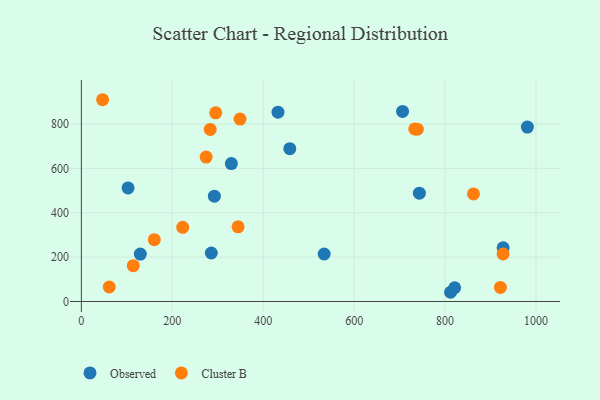
{"axis": {"x": "Engine Size", "y": "Demand"}, "legend": ["Cluster B", "Observed"], "data": [{"x": "927.7", "y": 241.9, "type": "Observed"}, {"x": "102.7", "y": 511.8, "type": "Observed"}, {"x": "981.0", "y": 786.4, "type": "Observed"}, {"x": "743.5", "y": 488.3, "type": "Observed"}, {"x": "285.8", "y": 218.7, "type": "Observed"}, {"x": "432.5", "y": 853.2, "type": "Observed"}, {"x": "534.1", "y": 214.2, "type": "Observed"}, {"x": "292.6", "y": 474.7, "type": "Observed"}, {"x": "812.0", "y": 41.6, "type": "Observed"}, {"x": "821.0", "y": 62.1, "type": "Observed"}, {"x": "458.5", "y": 688.8, "type": "Observed"}, {"x": "329.9", "y": 621.8, "type": "Observed"}, {"x": "706.5", "y": 856.9, "type": "Observed"}, {"x": "129.7", "y": 213.7, "type": "Observed"}, {"x": "114.2", "y": 161.3, "type": "Cluster B"}, {"x": "61.4", "y": 65.3, "type": "Cluster B"}, {"x": "223.0", "y": 334.2, "type": "Cluster B"}, {"x": "283.4", "y": 775.7, "type": "Cluster B"}, {"x": "921.7", "y": 63.3, "type": "Cluster B"}, {"x": "738.9", "y": 776.7, "type": "Cluster B"}, {"x": "927.6", "y": 214.3, "type": "Cluster B"}, {"x": "733.3", "y": 778.0, "type": "Cluster B"}, {"x": "274.5", "y": 650.9, "type": "Cluster B"}, {"x": "160.5", "y": 278.6, "type": "Cluster B"}, {"x": "349.0", "y": 822.4, "type": "Cluster B"}, {"x": "295.5", "y": 850.6, "type": "Cluster B"}, {"x": "344.7", "y": 336.4, "type": "Cluster B"}, {"x": "862.5", "y": 484.9, "type": "Cluster B"}, {"x": "46.8", "y": 909.5, "type": "Cluster B"}]}